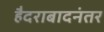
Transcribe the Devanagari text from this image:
हैदराबादनंतर